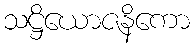
သဋ္ဌိယောဇနိကော